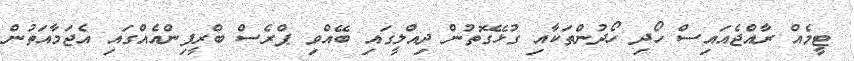
ޓީމެއް ރާއްޖެއައިސް ހޯދި ހޯދުންތަކާއި ގުޅޭގޮތުން ދިއްލީގައި ބޭއްވި ޕްރެސް ބްރީފިންއެއްގައި އެޖަމާއަތުން